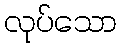
လုပ်သော